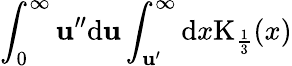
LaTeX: \int_{0}^{\infty}\mathbf{u}^{\prime\prime}\mathrm{{d}}\mathbf{u}\int_{\mathbf{u}^{\prime}}^{\infty}\mathrm{{d}}x\mathrm{{K}}_{\frac{{1}}{{3}}}(x)